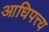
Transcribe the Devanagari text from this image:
आधिपत्त्य